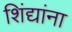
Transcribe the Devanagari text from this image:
शिंद्यांना